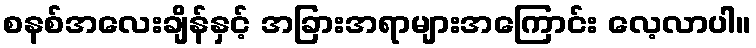
စနစ်အလေးချိန်နှင့် အခြားအရာများအကြောင်း လေ့လာပါ။